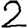
Digit: 2